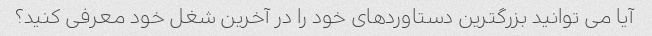
آیا می توانید بزرگترین دستاوردهای خود را در آخرین شغل خود معرفی کنید؟